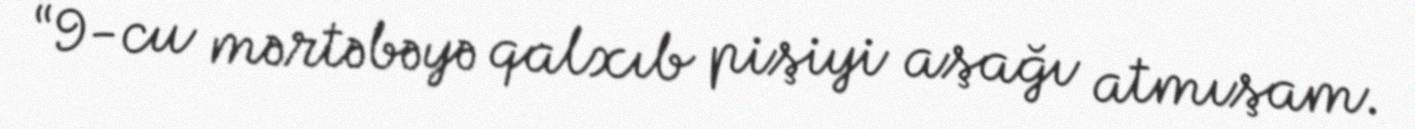
“9-cu mərtəbəyə qalxıb pişiyi aşağı atmışam.